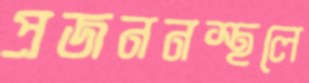
প্রজননস্থলে